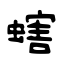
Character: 螛